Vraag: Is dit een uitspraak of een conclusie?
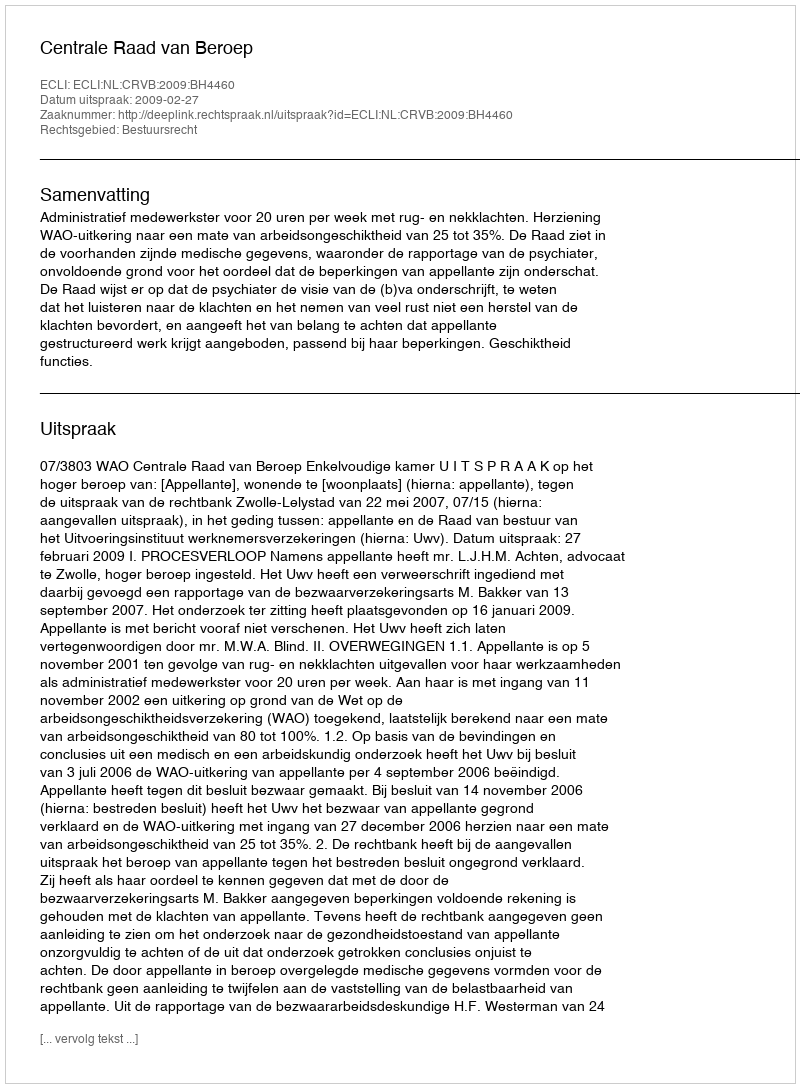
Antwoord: Uitspraak